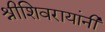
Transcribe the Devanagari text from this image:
श्रीशिवरायांनी